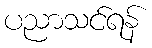
ပညာသင်ရန်